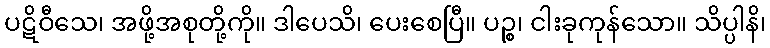
ပဋိဝီသေ၊ အဖို့အစုတို့ကို။ ဒါပေသိ၊ ပေးစေပြီ။ ပဉ္စ၊ ငါးခုကုန်သော။ သိပ္ပါနိ၊